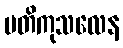
မတိကုသလေန